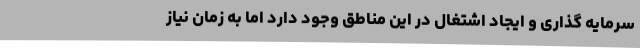
سرمایه گذاری و ایجاد اشتغال در این مناطق وجود دارد اما به زمان نیاز